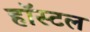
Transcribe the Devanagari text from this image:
हाॅस्टल